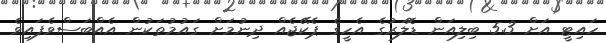
ހައިޓީ އަށް 5.3 ބިލިއަން ޑޮލަރުގެ އެހީގެ ޕެކޭޖެއް ދިނުމަށް ގައުމުތަކުން އެއްބަސްވެފައިވެ